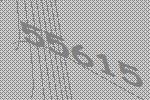
55615